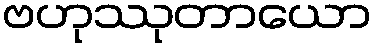
ဗဟုဿုတာယော